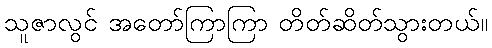
သူဇာလွင် အတော်ကြာကြာ တိတ်ဆိတ်သွားတယ်။